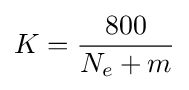
K={\frac {800}{N_{e}+m}}